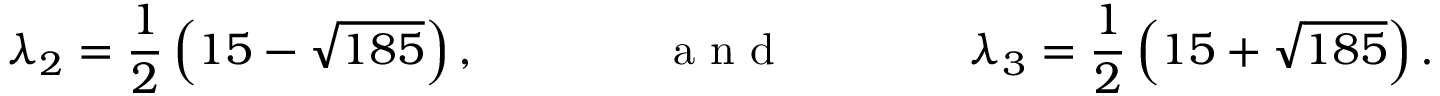
\lambda _ { 2 } = \frac { 1 } { 2 } \left( 1 5 - \sqrt { 1 8 5 } \right) , \qquad \qquad \mathrm { ~ a ~ n ~ d ~ } \qquad \qquad \lambda _ { 3 } = \frac { 1 } { 2 } \left( 1 5 + \sqrt { 1 8 5 } \right) .